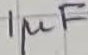
Text: 1µF